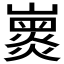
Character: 𡽽